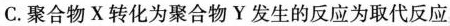
C.聚合物X转化为聚合物Y发生的反应为取代反应